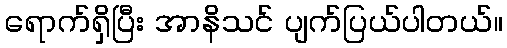
ရောက်ရှိပြီး အာနိသင် ပျက်ပြယ်ပါတယ်။